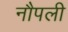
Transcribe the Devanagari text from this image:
नौपली